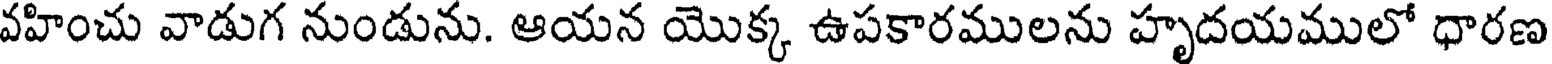
వహించు వాడుగ నుండును. ఆయన యొక్క ఉపకారములను హృదయములో ధారణ